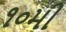
૧૦મી